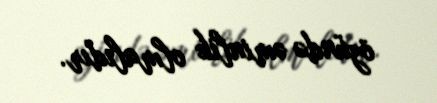
özündə əminlik olmalıdır.